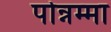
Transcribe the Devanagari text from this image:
पोन्नम्मा